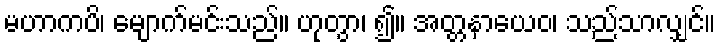
မဟာကပိ၊ မျောက်မင်းသည်။ ဟုတွာ၊ ၍။ အတ္တနာယေဝ၊ သည်သာလျှင်။